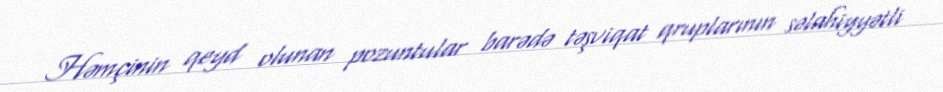
Həmçinin qeyd olunan pozuntular barədə təşviqat qruplarının səlahiyyətli